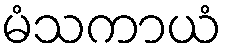
မံသကာယံ